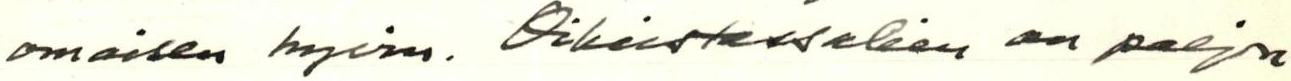
omaisen hyvin. Oikeistossakin on paljon